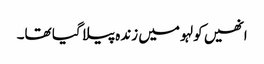
انھیں کولہو میں زندہ پیلا گیا تھا۔